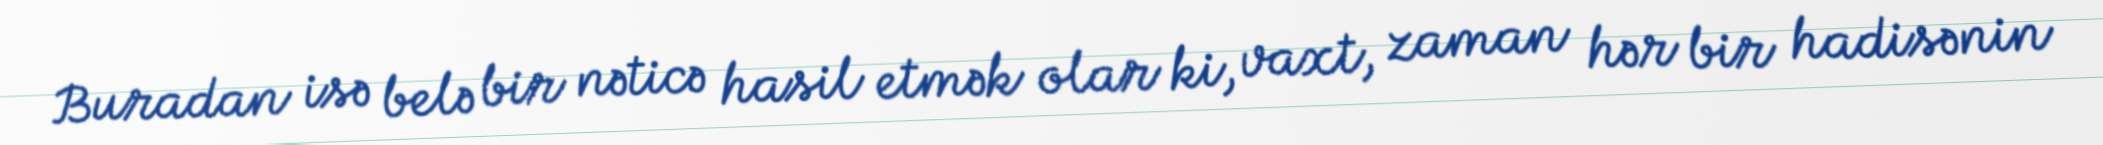
Buradan isə belə bir nəticə hasil etmək olar ki, vaxt, zaman hər bir hadisənin